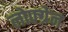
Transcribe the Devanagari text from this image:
लोफ्ग्रेन